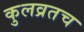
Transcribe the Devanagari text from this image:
कुलव्रतच